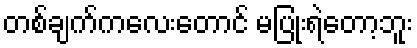
တစ်ချက်ကလေးတောင် မပြုံးရဲတော့ဘူး